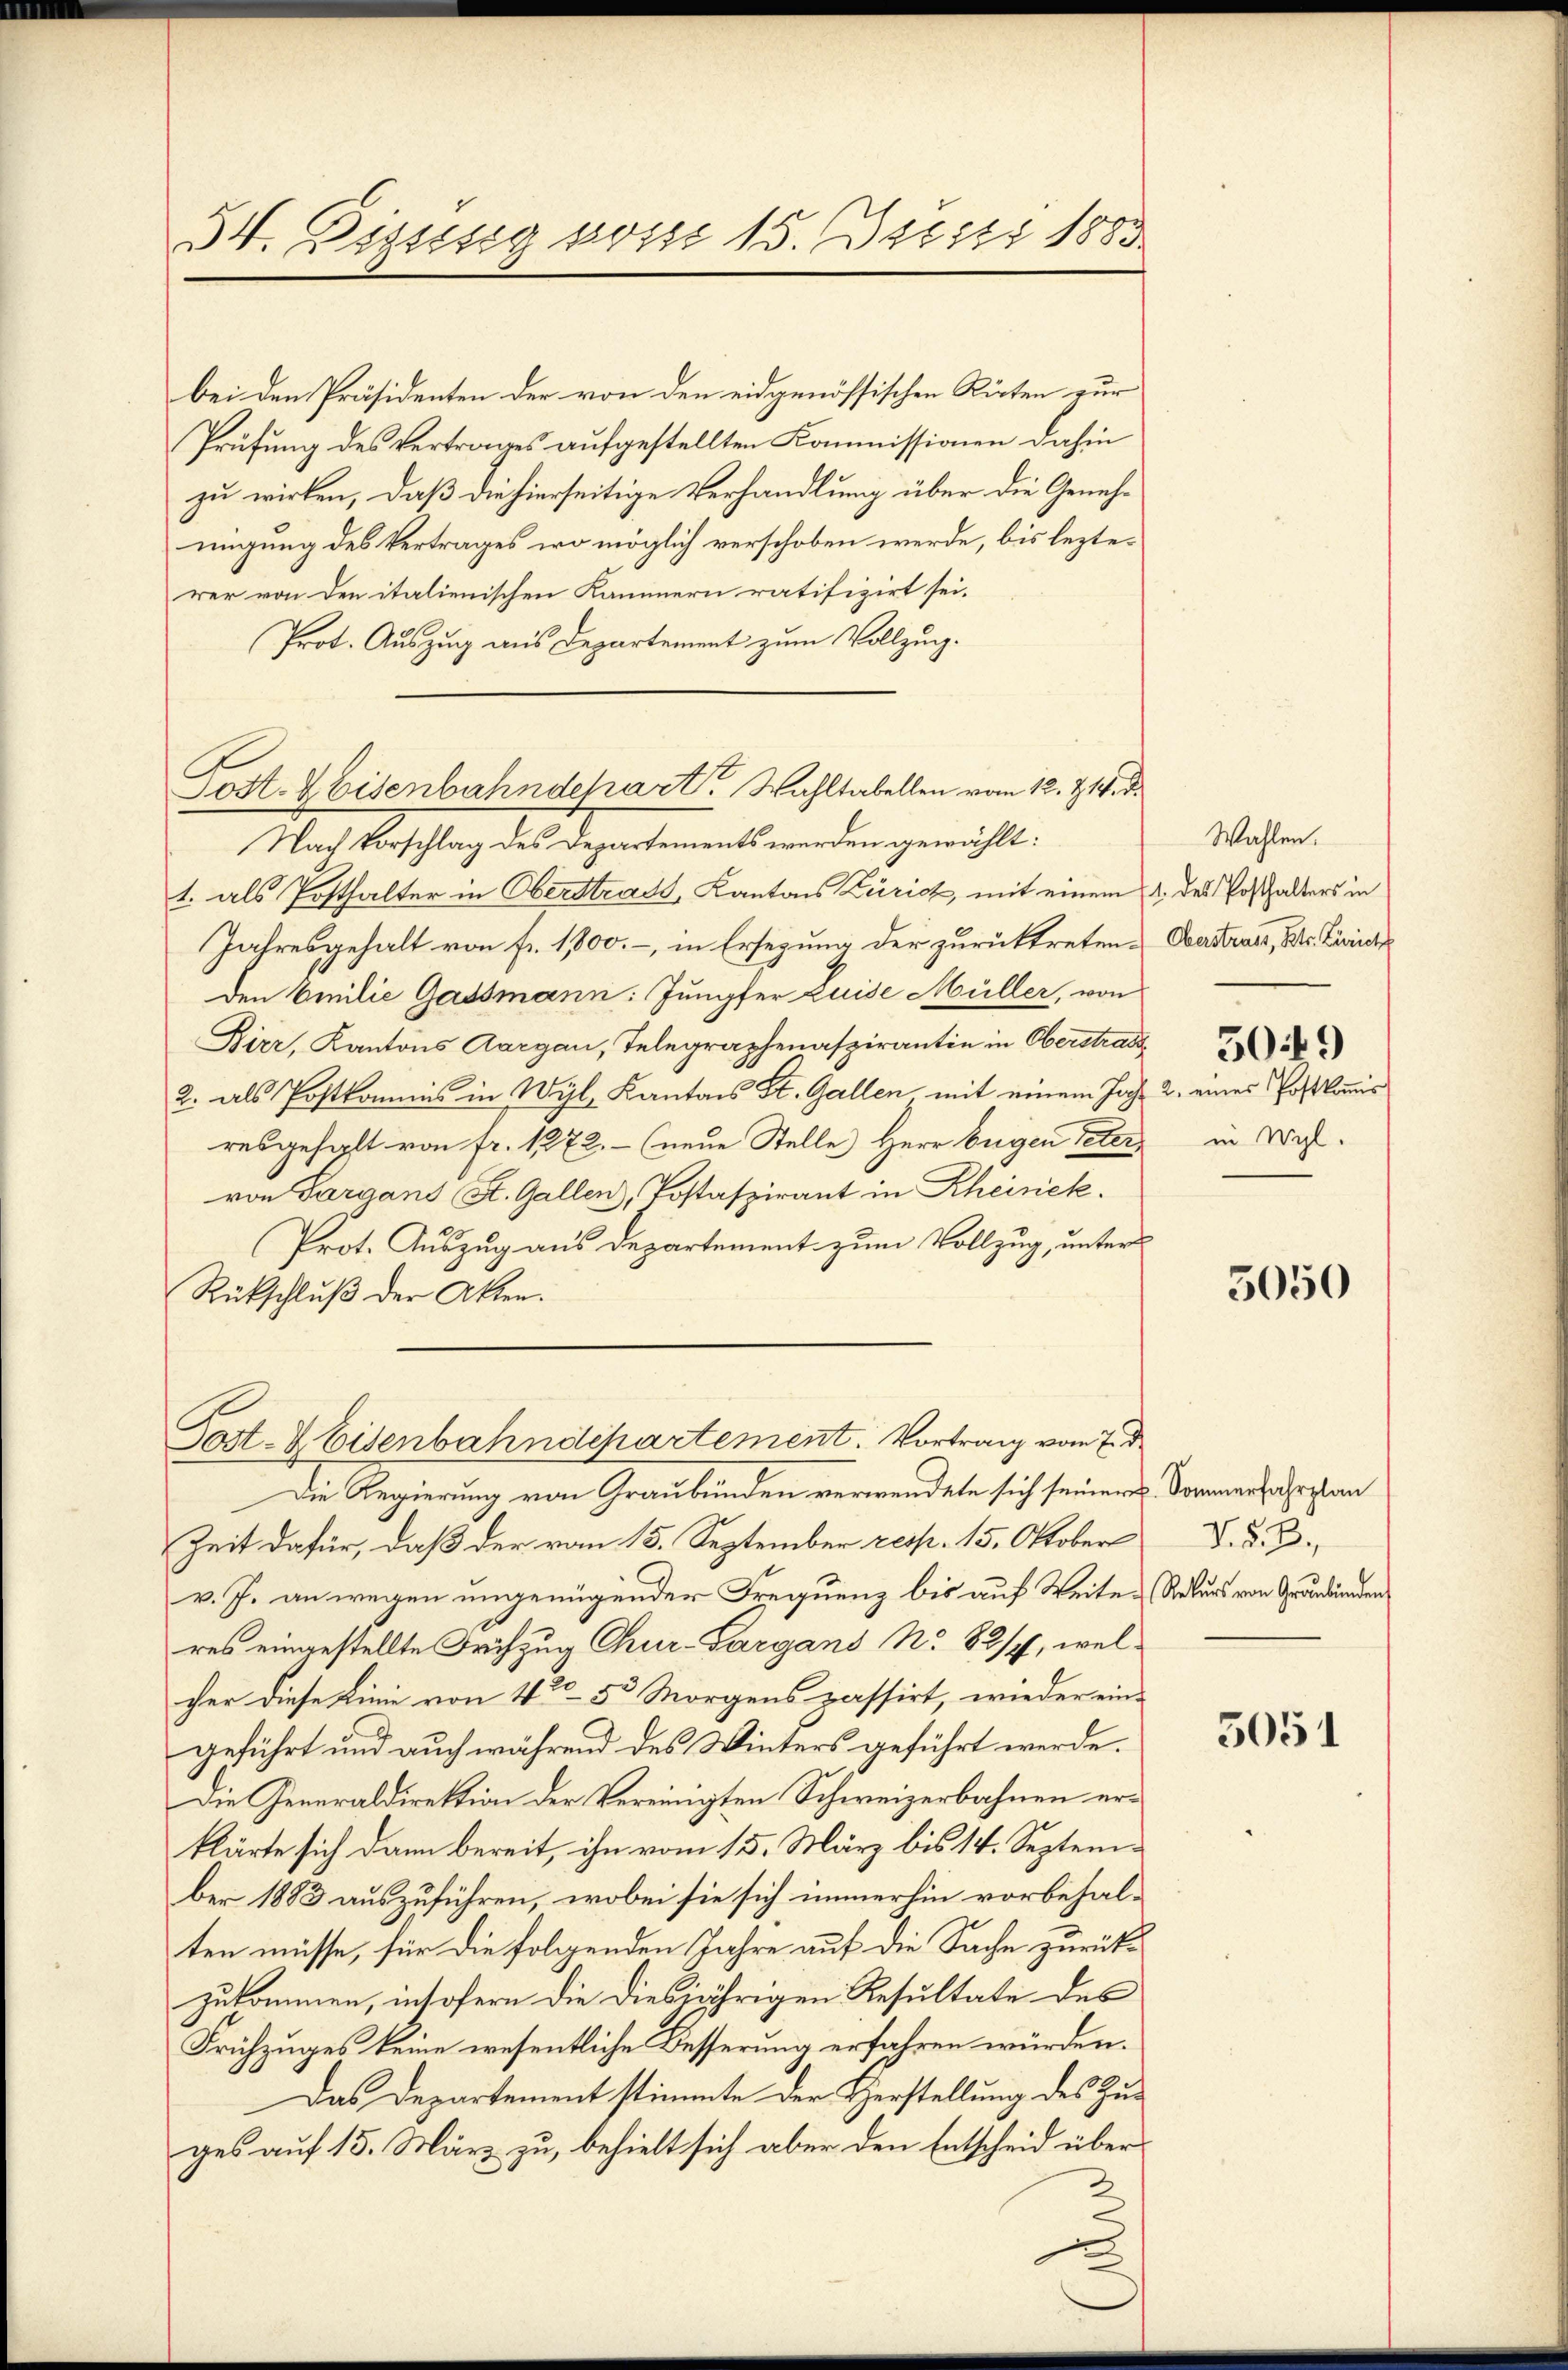
54. Dissessa posse 15. Dieser 1883

bei den Präsidenten der von den eidgenössischen Räten zur
Prüfung des Vertrages aufgestellten Kommissionen dahin
zu wirken, daß die hierseitige Verhandlung über die Genehmigung des Vertrages wo möglich verschoben werde, bis lezterer von den italienischen Kammern ratifizirt sei.
Prot. Auszug aus Departement zum Vollzung.

Post. V Eisenbahndehart Wahltabellen vom 12. Z. 19. d.

Post- & Eisenbahndepartement. Vortrag vom 7. d.

Nach Beschlag des Regenstements anden gericht.
t. als Posthalter in Oberstrats, Kantons Zürich, mit einem 1 des Posthalters in
Jahresgehalt von Fr. 1000.-, in Ersezung der zurücktreten. Oberstrats, Dr. Zürich
den Emilie Gassmann: Jungfer Luise Müller, von
Bier, Kantons Aargau, Telegraphenaspirantin in Oberstrade
2. als Postkommis in Wyl, Kantons St. Gallen mit einem Jahr 2. eines Postkommis
resgehalt von fr. 1272. - (neue Stelle Herr Eugen Peter in Wich-
von Gargans St. Gallen, Postaspirant in Rheinick.
Prot. Auszug aus Departement zum Vollzug, unters
Rückschluß der Akten.

Die Regierung von Graubünden verwendete sich seiner Sommerfahrstan
Zeit dafür, daß der vom 15. September resp. 15. Oktober d. d. B.
v. J. an wegen ungenügender Frequenz bis auf Weiter Rekurs von Grundenden
res eingestellte Frühzug Chur-Sargans No 82/, welcher diese Linie von 42. 53 Morgens passirt, wieder ein-
geführt und auch während des Winters geführt werde.
Die Generaldirektion der Vereinigten Schweizerbahnen erklärte sich dann bereit, ihn vom 15. März bis 14. September 1883 auszuführen, wobei sie sich immerhin vorbehalten müsse, für die folgenden Jahre auf die Sache zurückzukommen, insofern die diesjährigen Resultate des
Frühzuges keine wesentliche Besserung erfahren würden.
Das Departement stimmte der Herstellung des Zuges auf 15. März zu, behielt sich aber den Entscheid über¬

Wahlen.

5050

5051